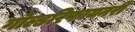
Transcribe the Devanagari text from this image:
गोल्डरिफायनरी